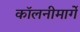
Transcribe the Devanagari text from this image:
कॉलनीमार्गे